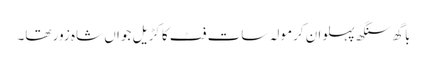
باگھ سنگھ پہلوان کرمولہ سات فٹ کا کڑیل جواں شاہ زور تھا۔